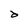
Character: d